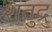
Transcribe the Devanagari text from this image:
शतुद्रु